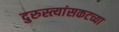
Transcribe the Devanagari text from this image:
दुरुस्त्यांसकटच्या